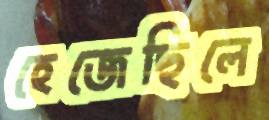
হেজেছিলে